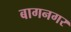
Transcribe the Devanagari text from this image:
बागनगर